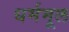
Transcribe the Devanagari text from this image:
धर्ममूल